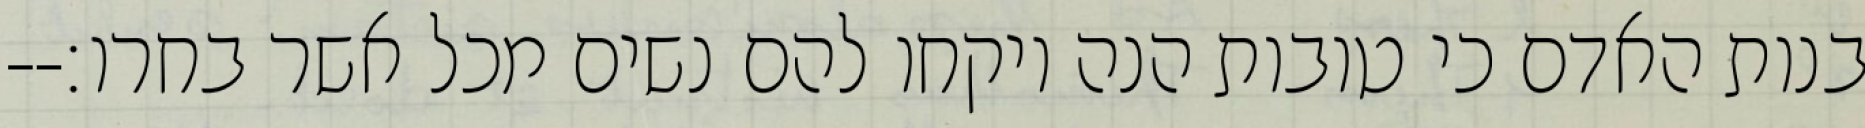
בנות האדם כי טובות הנה ויקחו להם נשים מכל אשר בחרו׃--